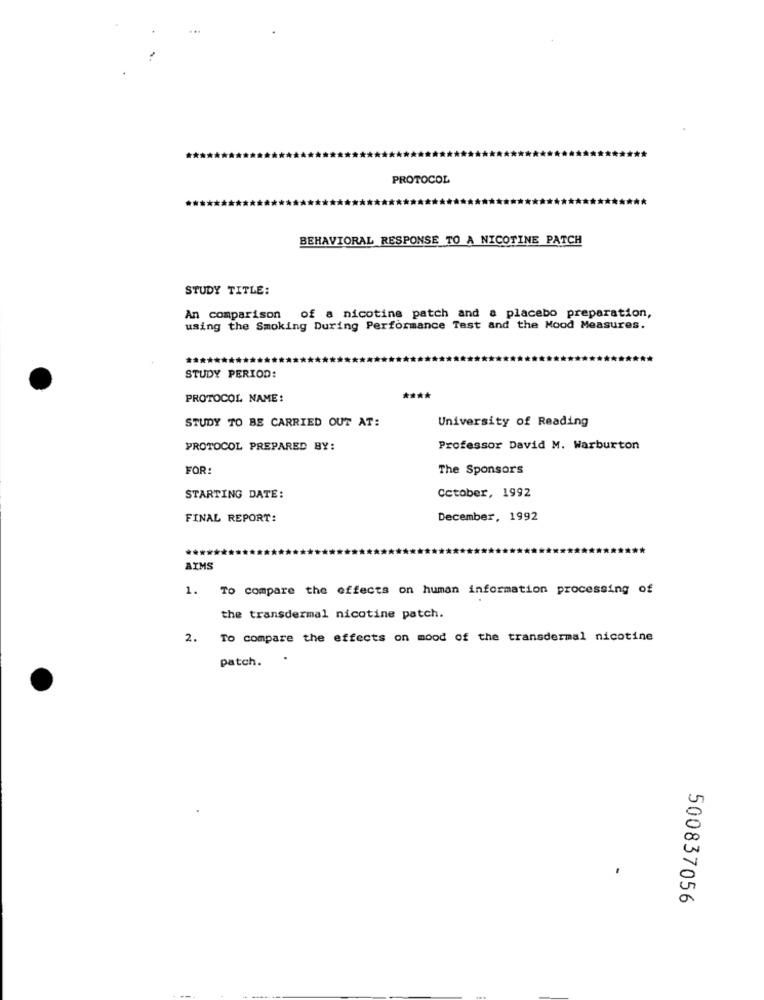
PROTOCOL
BEHAVIORAL RESPONSE TO A NICOTINE PATCH
STUDY TITLE:
An comparison of a nicotine patch and a placebo preparation,
using the Smoking During Performance Test and the Mood Measures.
STUDY PERIOD:
PROTOCOL NAME:
****
STUDY TO BE CARRIED OUT AT:
University of Reading
PROTOCOL PREPARED BY:
Professor David M. Warburton
FOR:
The Sponsors
Cctober, 1992
STARTING DATE:
FINAL REPORT:
December, 1992
AIMS
1.
To compare the effects on human information processing of
the transdermal nicotine patch.
2.
To compare the effects on mood of the transdermal nicotine
patch.
500837056